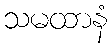
သမထာနံ